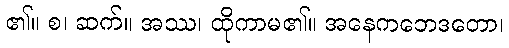
၏။ စ၊ ဆက်။ အဿ၊ ထိုကာမ၏။ အနေကဘေဒတော၊